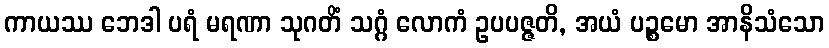
ကာယဿ ဘေဒါ ပရံ မရဏာ သုဂတိံ သဂ္ဂံ လောကံ ဥပပဇ္ဇတိ, အယံ ပဉ္စမော အာနိသံသော